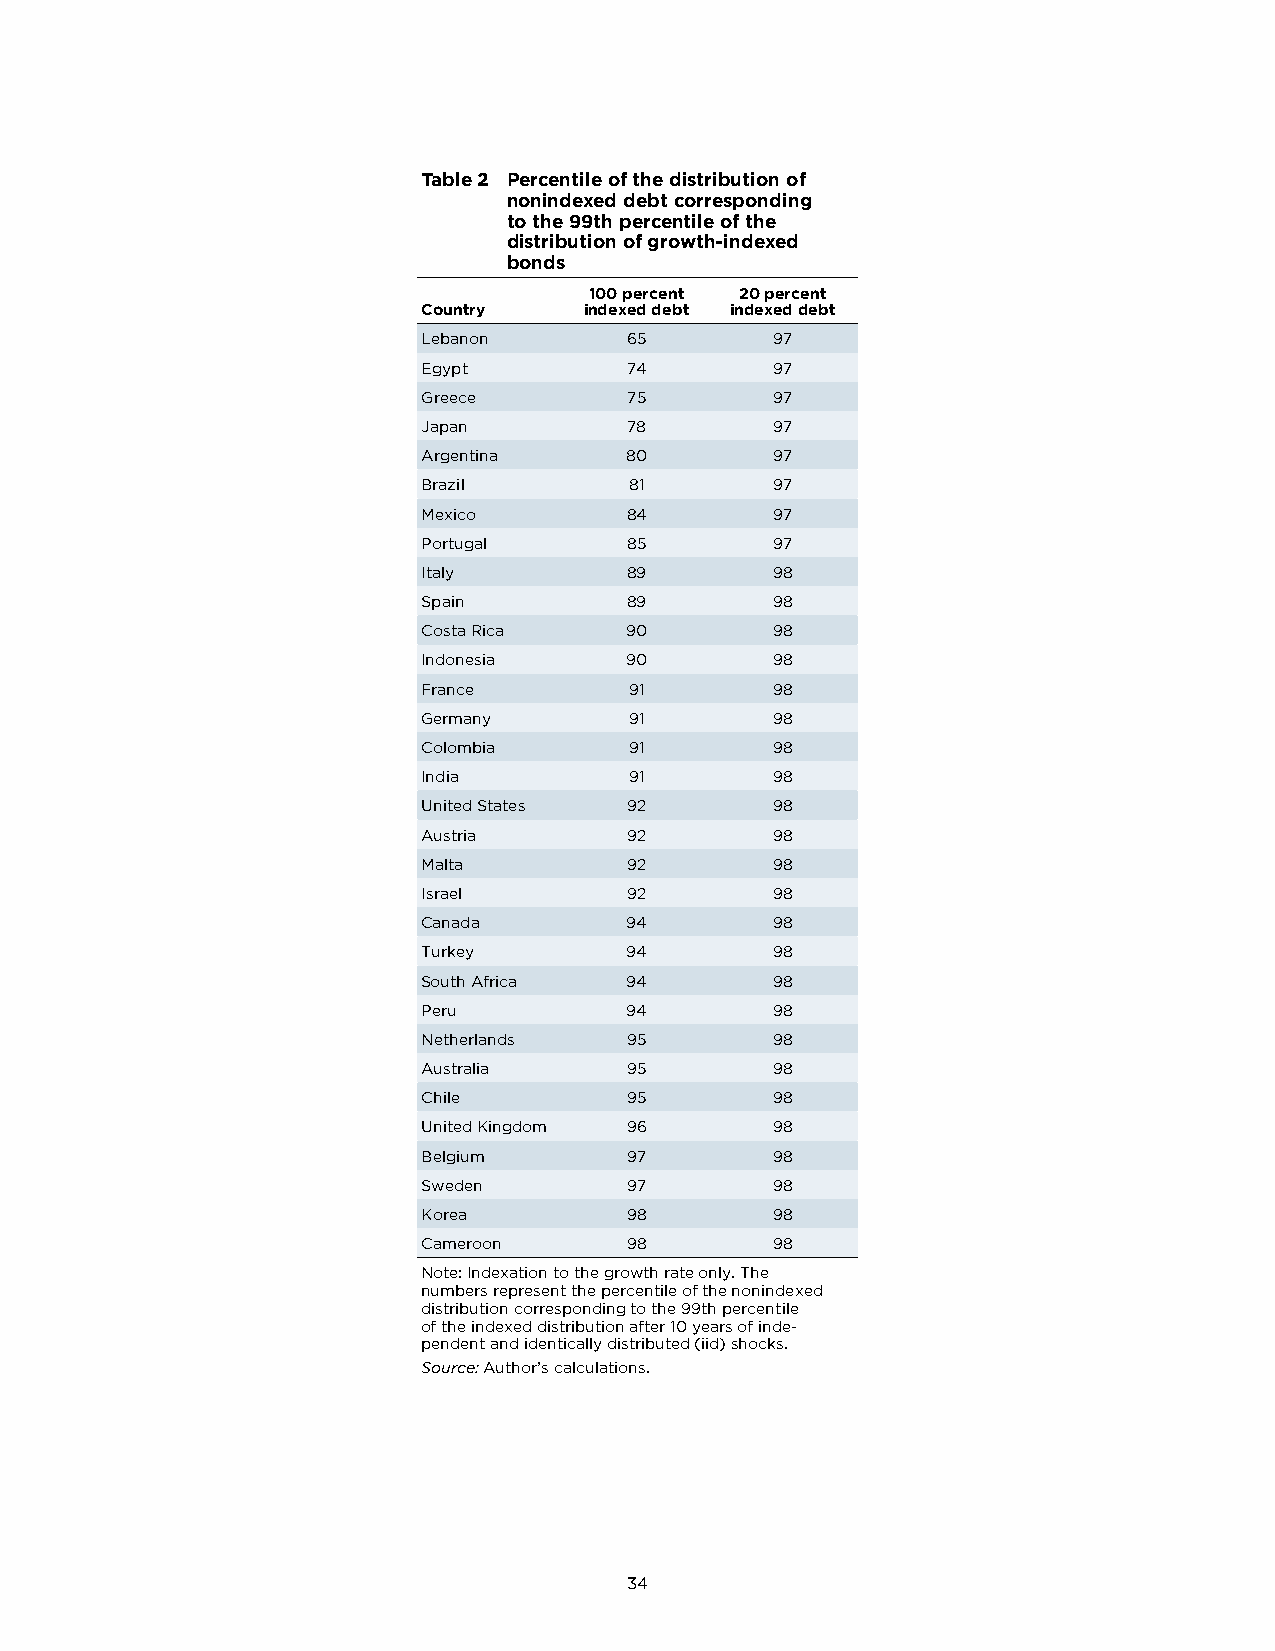
Table 2 Percentile of the distribution of
 nonindexed debt corresponding
 to the 99th percentile of the
 distribution of growth-indexed
 bonds
 100 percent 20 percent
 Country    indexed debt indexed debt
 Lebanon       65       97
 Egypt        74        97
 Greece        75       97
 Japan         78       97
 Argentina    80        97
 Brazil        81       97
 Mexico       84        97
 Portugal      85       97
 Italy        89        98
 Spain        89        98
 Costa Rica   90        98
 Indonesia    90        98
 France        91       98
 Germany       91       98
 Colombia      91       98
 India         91       98
 United States 92       98
 Austria       92       98
 Malta         92       98
 Israel        92       98
 Canada       94        98
 Turkey       94        98
 South Africa 94        98
 Peru         94        98
 Netherlands   95       98
 Australia     95       98
 Chile         95       98
 United Kingdom 96      98
 Belgium       97       98
 Sweden        97       98
 Korea        98        98
 Cameroon     98        98
 Note: Indexation to the growth rate only. The
 numbers represent the percentile of the nonindexed
 distribution corresponding to the 99th percentile
 of the indexed distribution after 10 years of inde-
 pendent and identically distributed (iid) shocks.
 Source: Author’s calculations.
 34